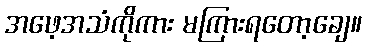
အဖေ့အသံကိုကား မကြားရတော့ချေ။